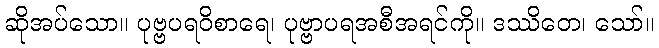
ဆိုအပ်သော။ ပုဗ္ဗပရဝိစာရေ၊ ပုဗ္ဗာပရအစီအရင်ကို။ ဒဿိတေ၊ သော်။